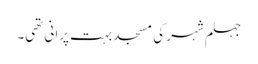
جہلم شہر کی مسجد بہت پرانی تھی۔